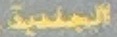
الجلدیة